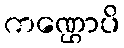
ကဏ္ဌောပိ